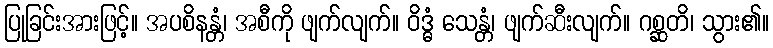
ပြုခြင်းအားဖြင့်။ အပစိနန္တံ၊ အစီကို ဖျက်လျက်။ ဝိဒ္ဓံ သေန္တံ၊ ဖျက်ဆီးလျက်။ ဂစ္ဆတိ၊ သွား၏။